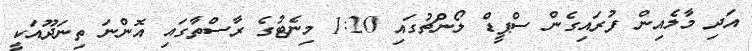
އަދި މާލެއިން ފުރައިގެން ސްޕީޑް ލޯންޗުގައި 1:20 މިނެޓުގެ ރާސްތާގައި އޮންނަ ތިނަދޫއަކީ